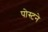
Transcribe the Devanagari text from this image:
पोस्टने